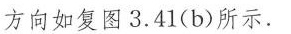
方向如复图3.41(b)所示.